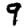
Digit: 9